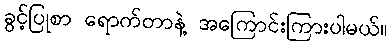
ခွင့်ပြုစာ ရောက်တာနဲ့ အကြောင်းကြားပါမယ်။